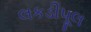
લકડીપૂલ